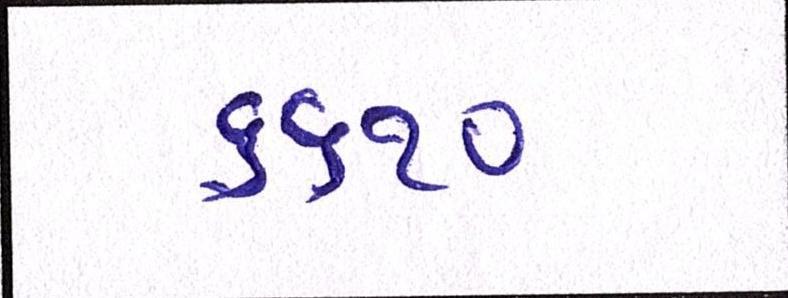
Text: ૬૬૧૦